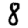
Digit: 8